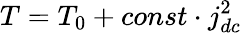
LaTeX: T=T_{0}+const\cdot j_{dc}^{2}